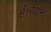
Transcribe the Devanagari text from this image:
हैं।रेडॉन